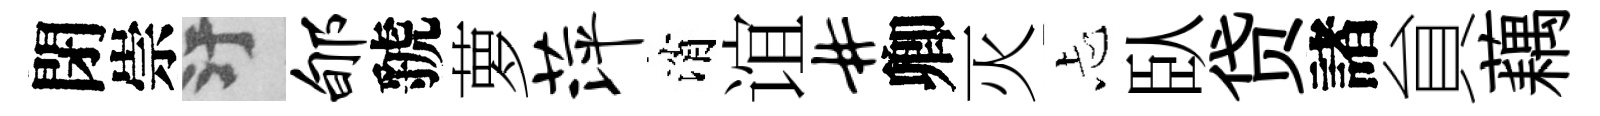
閉崇污郇虢萝萍消谊#卿灭忐臥贷諸貟藕